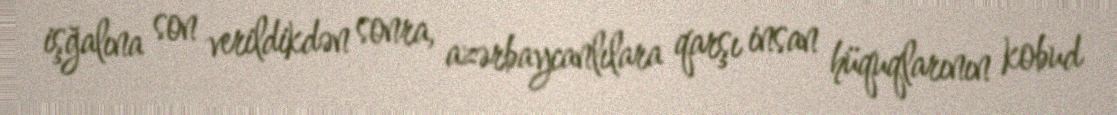
işğalına son verildikdən sonra, azərbaycanlılara qarşı insan hüquqlarının kobud